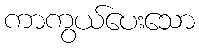
ကာကွယ်ပေးသော